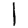
Digit: 1